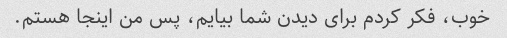
خوب، فکر کردم برای دیدن شما بیایم، پس من اینجا هستم.